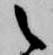
之